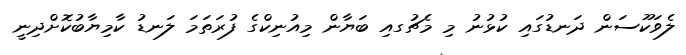
ލެވަކޫސަން ދަނޑުގައި ކުޅުނު މި މެޗުގއި ބަޔާން މިއުނިކްގެ ފުރަތަމަ ލަނޑު ކާމިޔާބުކޮށްދިނީ